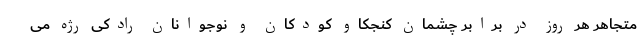
متجاهر هر روز در برابر چشمان کنجکاو کودکان و نوجوانان رادکی رژه می